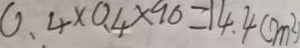
0 . 4 \times 0 . 4 \times 9 0 = 1 4 . 4 ( m ^ { 2 } )